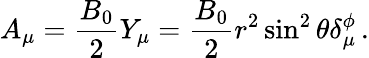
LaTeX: A_{\mu}=\frac{B_{0}}{2}Y_{\mu}=\frac{B_{0}}{2}r^{2}\sin^{2}\theta\delta_{\mu}^{\phi}\, .